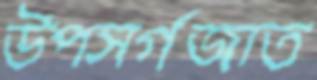
উপসর্গজাত